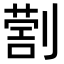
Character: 𠟗